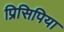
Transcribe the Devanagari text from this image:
प्रिसिपिया